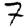
Digit: 7